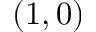
( 1 , 0 )